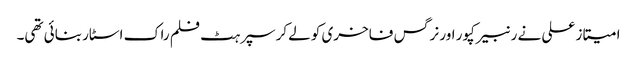
امیتاز علی نے رنبیر کپور اور نرگس فاخری کو لےکر سپرہٹ فلم راک اسٹار بنائی تھی۔